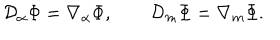
LaTeX: { \cal D } _ { \alpha } \Phi = \nabla _ { \alpha } \Phi , \qquad { \cal D } _ { m } \Phi = \nabla _ { m } \Phi .